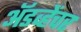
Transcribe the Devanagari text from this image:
अॅडव्हेंचर